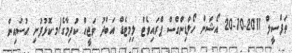
ތަފްސީލް 2011-10-20 އޯޝަން ހޯލްޑިންގްސް ޕްރައިވެޓް ލިމިޓެޑް އަބްދު ވަޖީޙް ކުދިމާގެ/މ.ކޮޅުފުށި ޙުސައިން